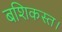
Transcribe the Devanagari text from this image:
बशिकस्त।